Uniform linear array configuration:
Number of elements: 12
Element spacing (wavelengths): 1
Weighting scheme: blackman
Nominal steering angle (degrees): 30
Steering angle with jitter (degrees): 30.279
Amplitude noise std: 0.05
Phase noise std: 0.05

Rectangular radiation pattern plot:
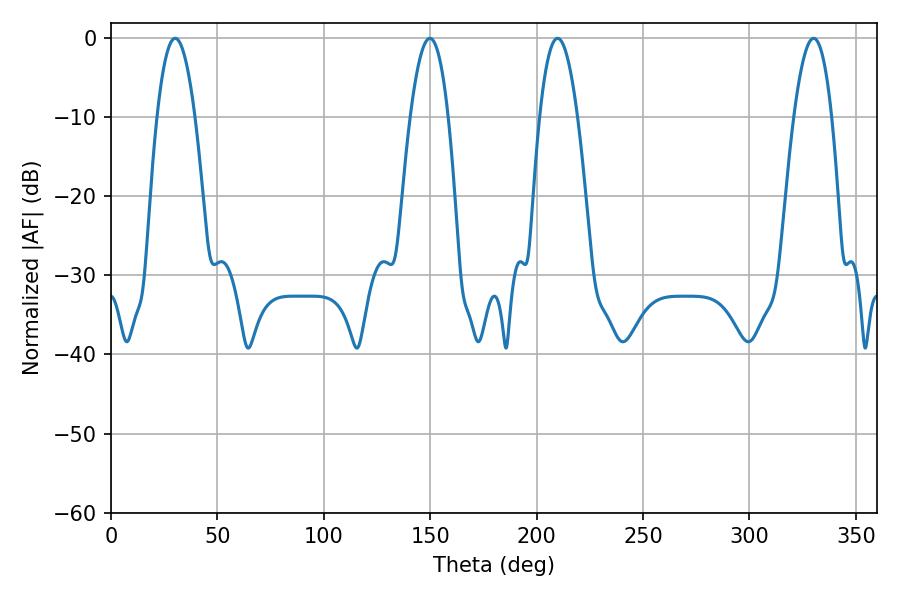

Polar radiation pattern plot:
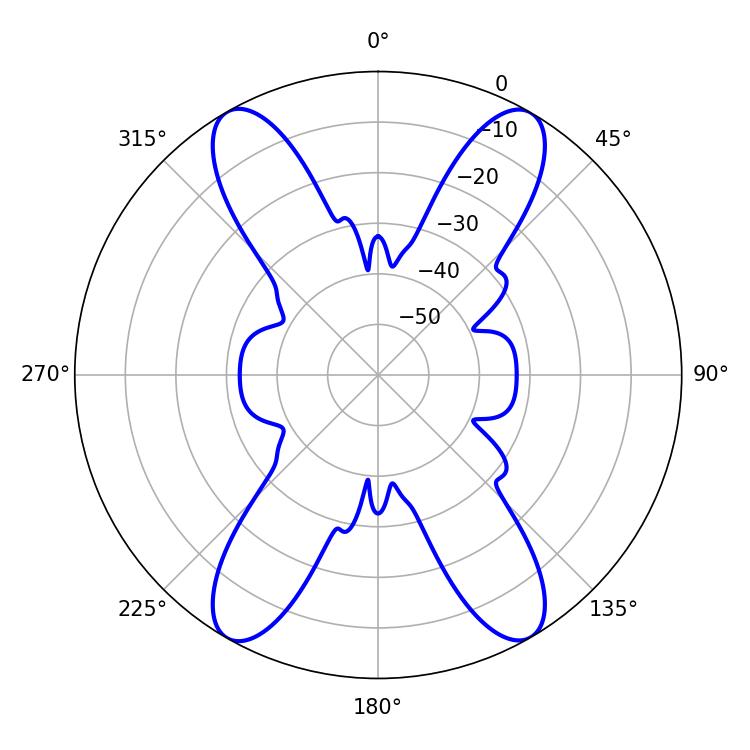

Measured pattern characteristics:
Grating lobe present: TRUE
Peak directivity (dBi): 29.696
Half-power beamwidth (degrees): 9.9
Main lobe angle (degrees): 209.88